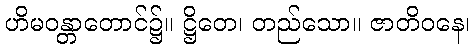
ဟိမဝန္တာတောင်၌။ ဋ္ဌိတေ၊ တည်သော။ ဇာတိဝနေ၊